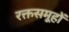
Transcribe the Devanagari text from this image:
रक्तसमूहों